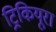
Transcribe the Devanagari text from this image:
ट्रिकियूरा